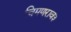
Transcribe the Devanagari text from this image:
चिमणराव३